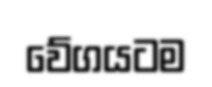
වේගයටම